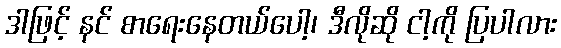
ဒါဖြင့် နင် စာရေးနေတယ်ပေါ့၊ ဒီလိုဆို ငါ့ကို ပြပါလား